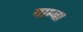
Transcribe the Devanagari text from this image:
गाम्बा